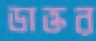
ডাক্তর